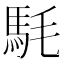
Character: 䭷